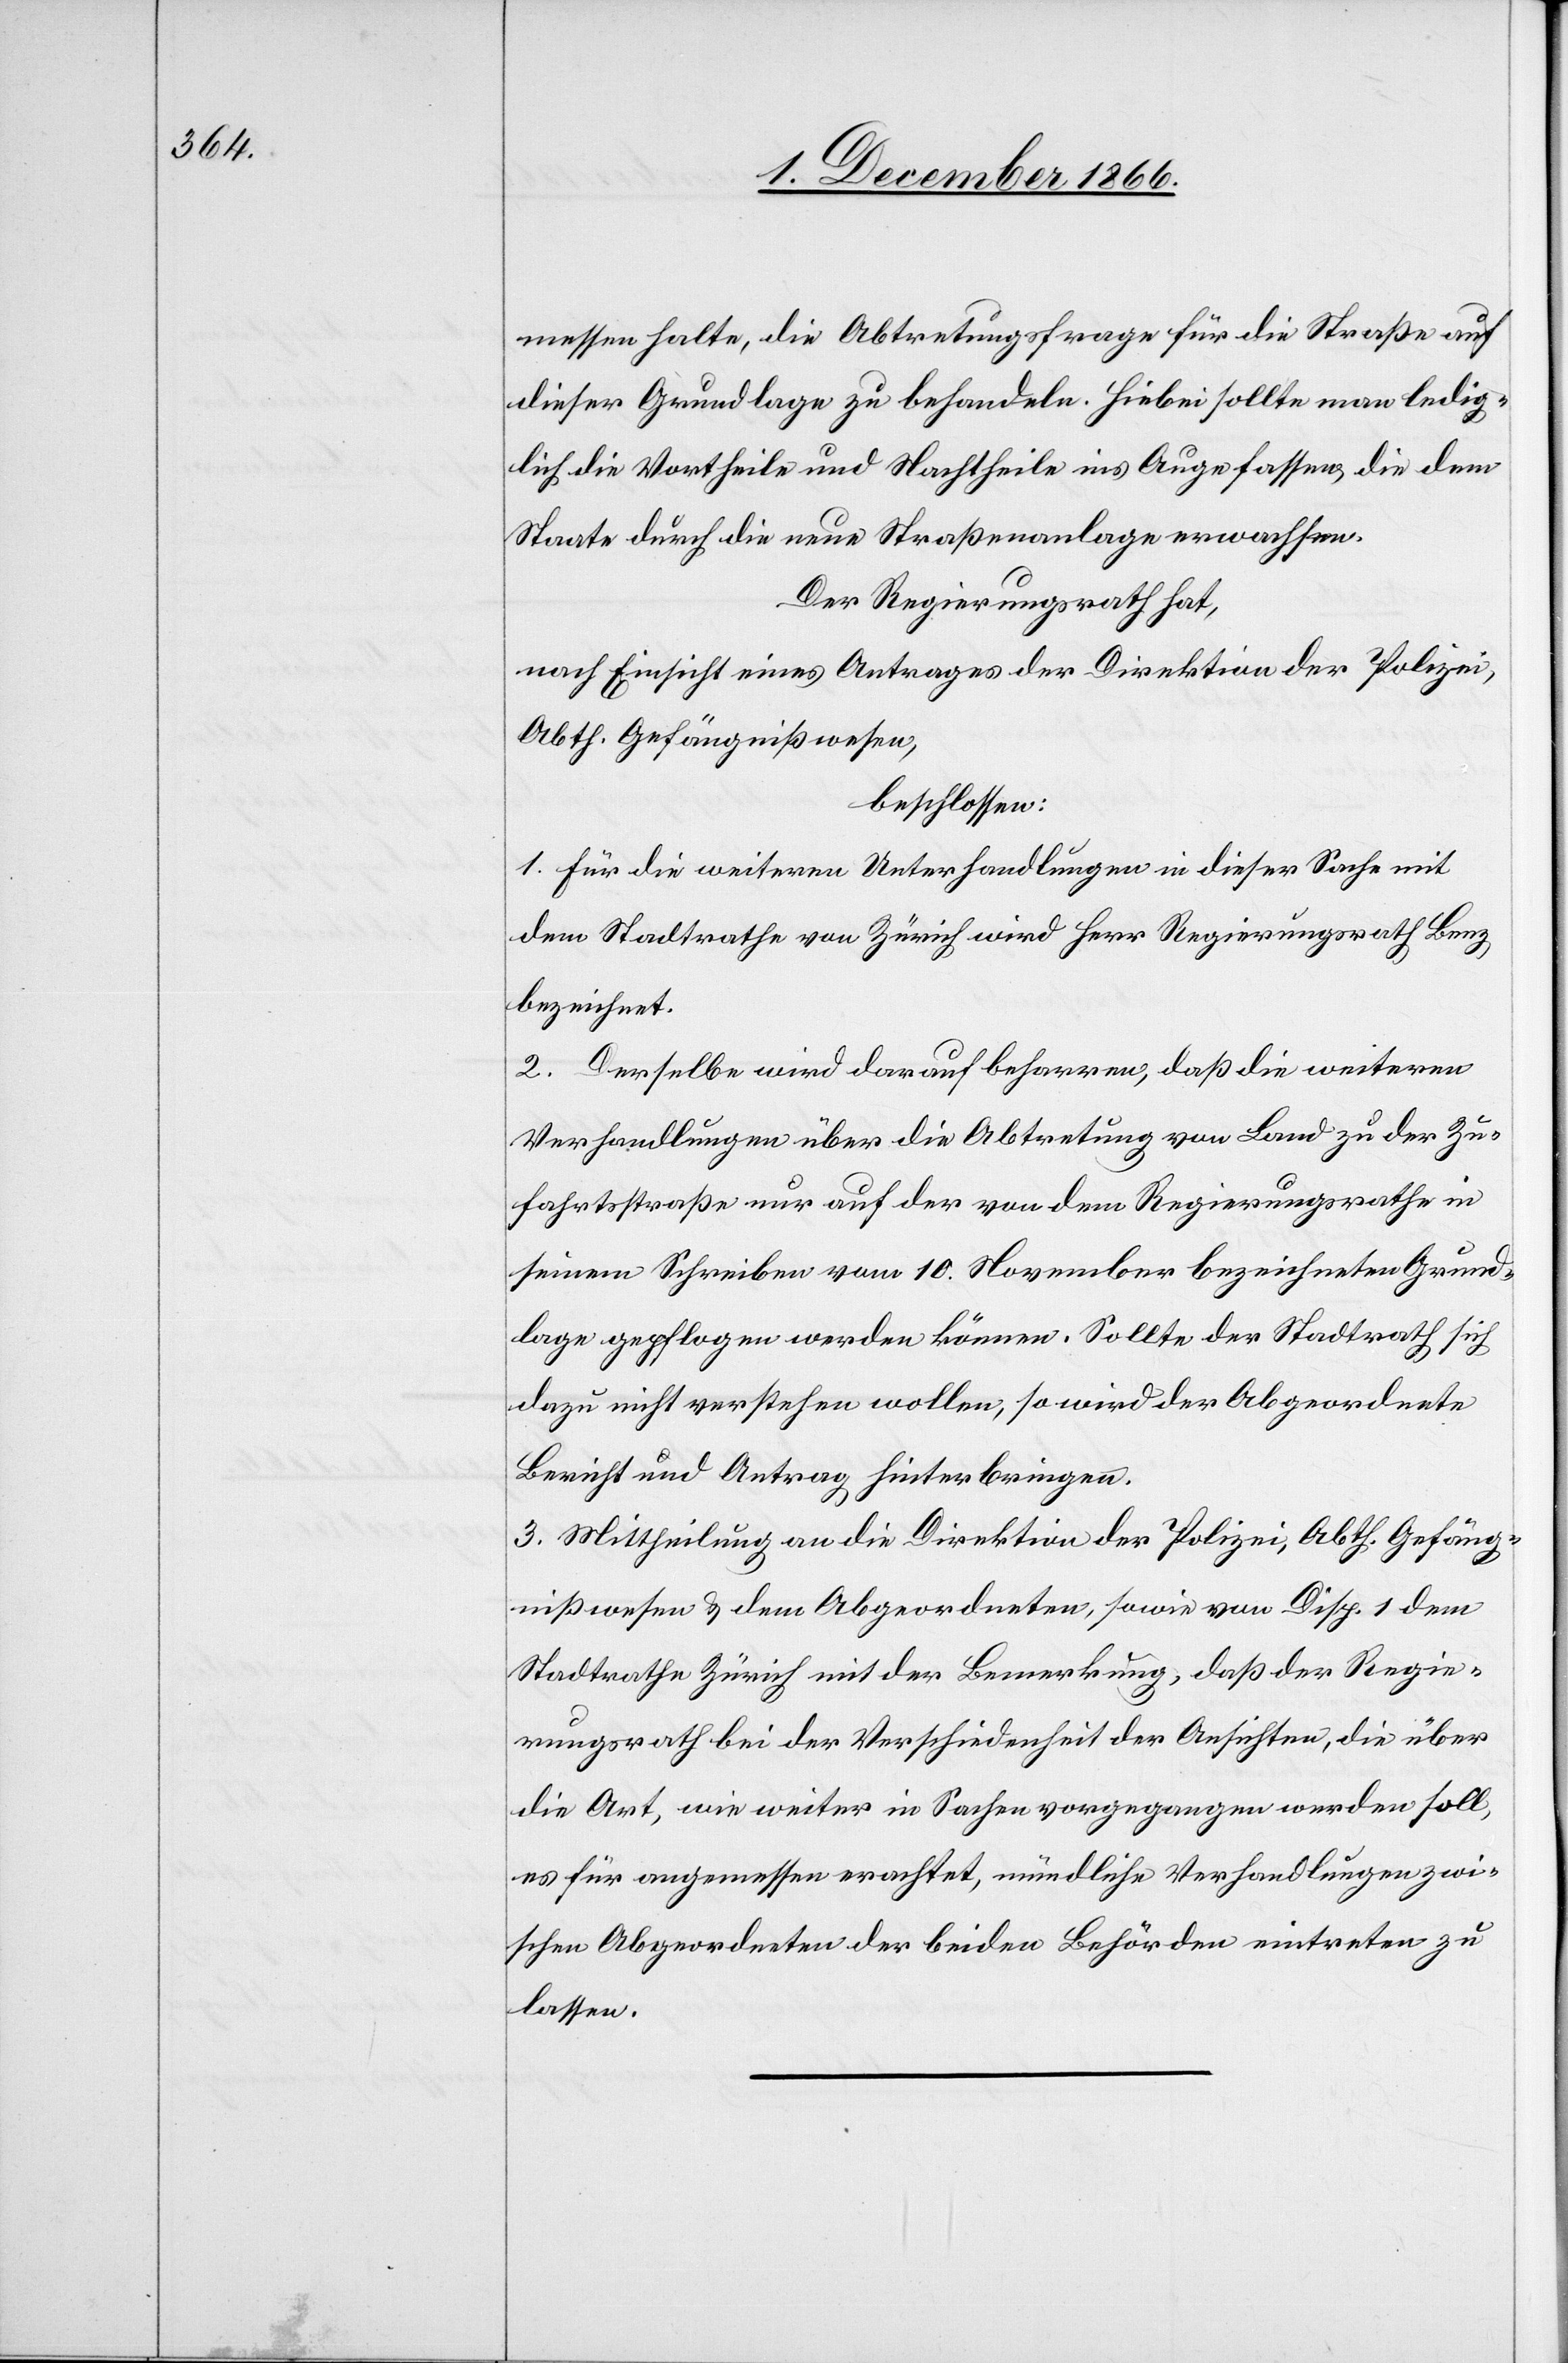
messen halte, die Abtretungsfrage für die Straße auf
dieser Grundlage zu behandeln. Hiebei sollte man ledig¬
lich die Vortheile und Nachtheile ins Auge fassen, die dem
Staate durch die neue Straßenanlage erwachsen.
Der Regierungsrath hat,
nach Einsicht eines Antrages der Direktion der Polizei,
Abth. Gefängnißwesen,
beschlossen:
1. für die weiteren Unterhandlungen in dieser Sache mit
dem Stadtrathe von Zürich wird Herr Regierungsrath Benz
bezeichnet.
2. Derselbe wird darauf beharren, daß die weiteren
Verhandlungen über die Abtretung von Land zu der Zu¬
fahrtsstraße nur auf der von dem Regierungsrathe in
seinem Schreiben vom 10. November bezeichneten Grund¬
lage gepflogen werden können. Sollte der Stadtrath sich
dazu nicht verstehen wollen, so wird der Abgeordnete
Bericht und Antrag hinterbringen.
3. Mittheilung an die Direktion der Polizei, Abth. Gefäng¬
nißwesen & dem Abgeordneten, sowie von Disp. 1 dem
Stadtrathe Zürich mit der Bemerkung, daß der Regie¬
rungsrath bei der Verschiedenheit der Ansichten, die über
die Art, wie weiter in Sachen vorgegangen werden soll,
es für angemessen erachtet, mündliche Verhandlungen zwi¬
schen Abgeordneten der beiden Behörden eintreten zu
lassen.